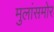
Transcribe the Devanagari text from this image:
मुलांसमोर